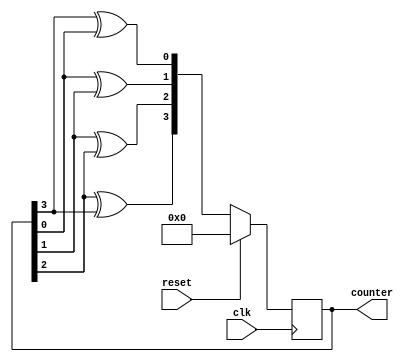
module johnson_counter (
    input clk,
    input reset,
    output reg [3:0] counter
);

reg [3:0] next_state;

always @(posedge clk) begin
    if (reset) begin
        counter <= 4'b0000;
    end else begin
        counter <= next_state;
    end
end

always @(*) begin
    next_state[0] = counter[3] ^ counter[0];
    next_state[1] = counter[0] ^ counter[1];
    next_state[2] = counter[1] ^ counter[2];
    next_state[3] = counter[2] ^ counter[3];
end

endmodule